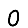
Digit: 0